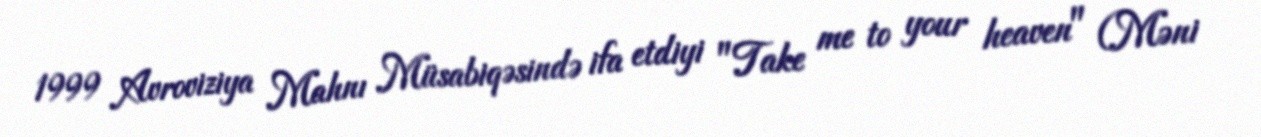
1999 Avroviziya Mahnı Müsabiqəsində ifa etdiyi "Take me to your heaven" (Məni